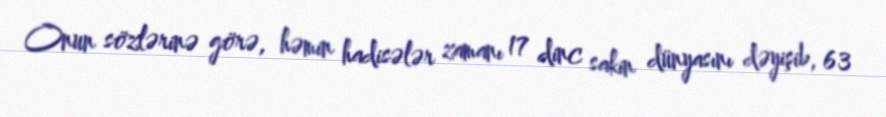
Onun sözlərinə görə, həmin hadisələr zamanı 17 dinc sakin dünyasını dəyişib, 63